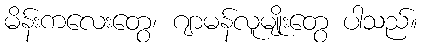
မိန်းကလေးတွေ၊ ဂျာမန်လူမျိုးတွေ ပါသည်။